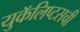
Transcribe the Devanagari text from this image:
युकॅलिप्टसची